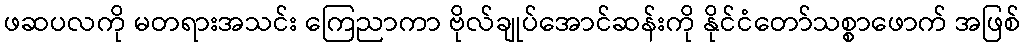
ဖဆပလကို မတရားအသင်း ကြေညာကာ ဗိုလ်ချုပ်အောင်ဆန်းကို နိုင်ငံတော်သစ္စာဖောက် အဖြစ်